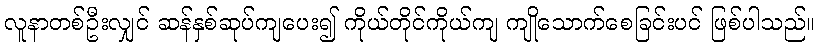
လူနာတစ်ဦးလျှင် ဆန်နှစ်ဆုပ်ကျပေး၍ ကိုယ်တိုင်ကိုယ်ကျ ကျိုသောက်စေခြင်းပင် ဖြစ်ပါသည်။